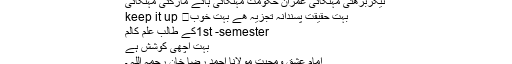
ٹیگزبڑھتی مہنگائی عمران حکومت مہنگائی ہائے مارگئی مہنگائی
بہت حقیقت پسندانہ تجزیہ ھے بہت خوب👍 keep it up
1st -semesterکے طالب علم کالم
بہت اچھی کوشش ہے
امام عشق ومحبت مولانا احمد رضا خان رحمہ اللہ ۔